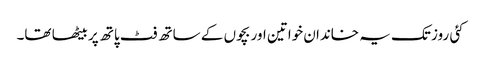
کئی روز تک یہ خاندان خواتین اور بچوں کے ساتھ فٹ پاتھ پر بیٹھا تھا۔